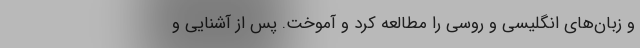
و زبان‌هایِ انگلیسی و روسی را مطالعه کرد و آموخت. پس از آشنایی و